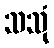
သသုံ